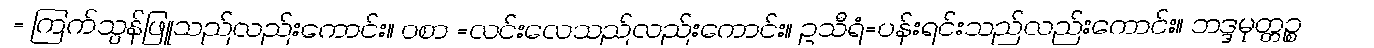
= ကြက်သွန်ဖြူသည်လည်းကောင်း။ ဝစာ =လင်းလေသည်လည်းကောင်း။ ဥသီရံ=ပန်းရင်းသည်လည်းကောင်း။ ဘဒ္ဒမုတ္တဉ္စ